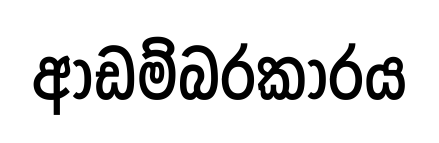
ආඩම්බරකාරය